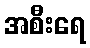
အစီးရေ